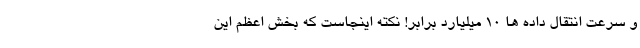
و سرعت انتقال داده ها 10 میلیارد برابر! نکته اینجاست که بخش اعظم این